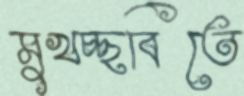
মুখচ্ছবিতে